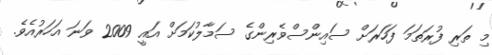
މި ތަރި ފުރަތަމަ ފަހަރަށް ސައިންސްވެރިންގެ ސަމާލުކަމަށް އައީ 2009 ވަނަ އަހަރުއެވެ.